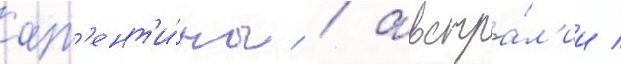
арг'ент'и́ны / австра́л'ии /